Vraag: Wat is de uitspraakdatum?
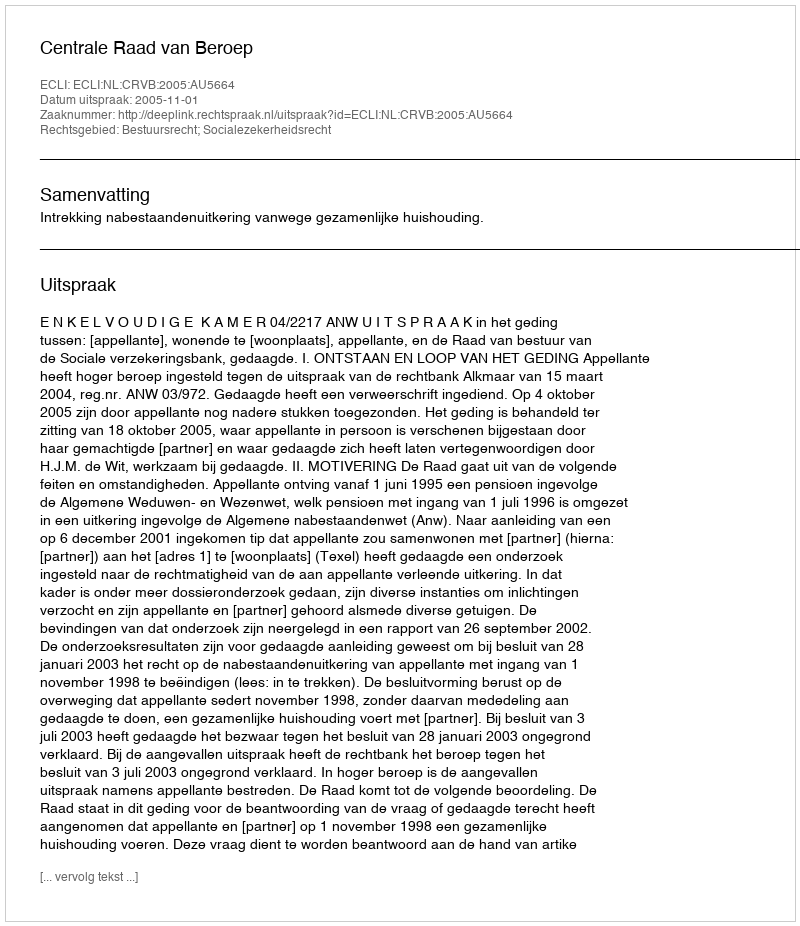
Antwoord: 2005-11-01